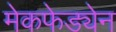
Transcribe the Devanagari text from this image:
मेकफेड्येन